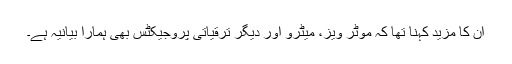
ان کا مزید کہنا تھا کہ موٹر ویز، میٹرو اور دیگر ترقیاتی پروجیکٹس بھی ہمارا بیانیہ ہے۔